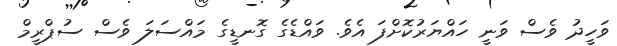
ވަހީދު ވެސް ވަނީ ހައްޔަރުކޮށްފަ އެވެ. ވައްޑެގެ ގޮނޑީގެ މައްސަލަ ވެސް ސުޕްރީމް